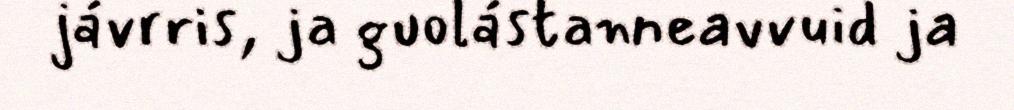
jávrris, ja guolástanneavvuid ja